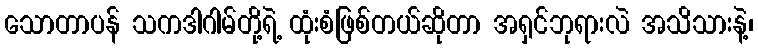
သောတာပန် သကဒါဂါမ်တို့ရဲ့ ထုံးစံဖြစ်တယ်ဆိုတာ အရှင်ဘုရားလဲ အသိသားနဲ့၊